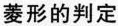
菱形的判定